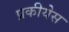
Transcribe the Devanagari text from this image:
प्रकीयेस